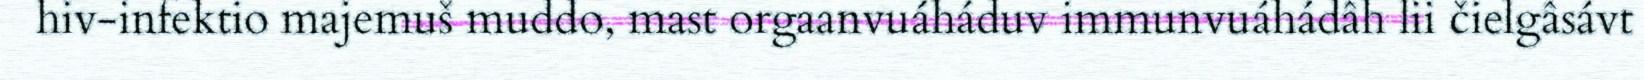
hiv-infektio majemuš muddo, mast orgaanvuáháduv immunvuáhádâh lii čielgâsávt